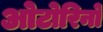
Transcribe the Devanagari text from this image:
ओटोरिनो